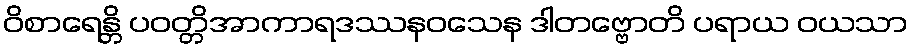
ဝိစာရေန္တိ ပဝတ္တိအာကာရဒဿနဝသေန ဒါတဗ္ဗောတိ ပရာယ ဝယသာ